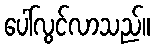
ပေါ်လွင်လာသည်။